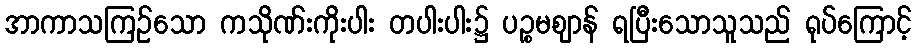
အာကာသကြဉ်သော ကသိုဏ်းကိုးပါး တပါးပါး၌ ပဉ္စမဈာန် ရပြီးသောသူသည် ရုပ်ကြောင့်